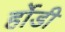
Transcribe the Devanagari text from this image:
र्होडी